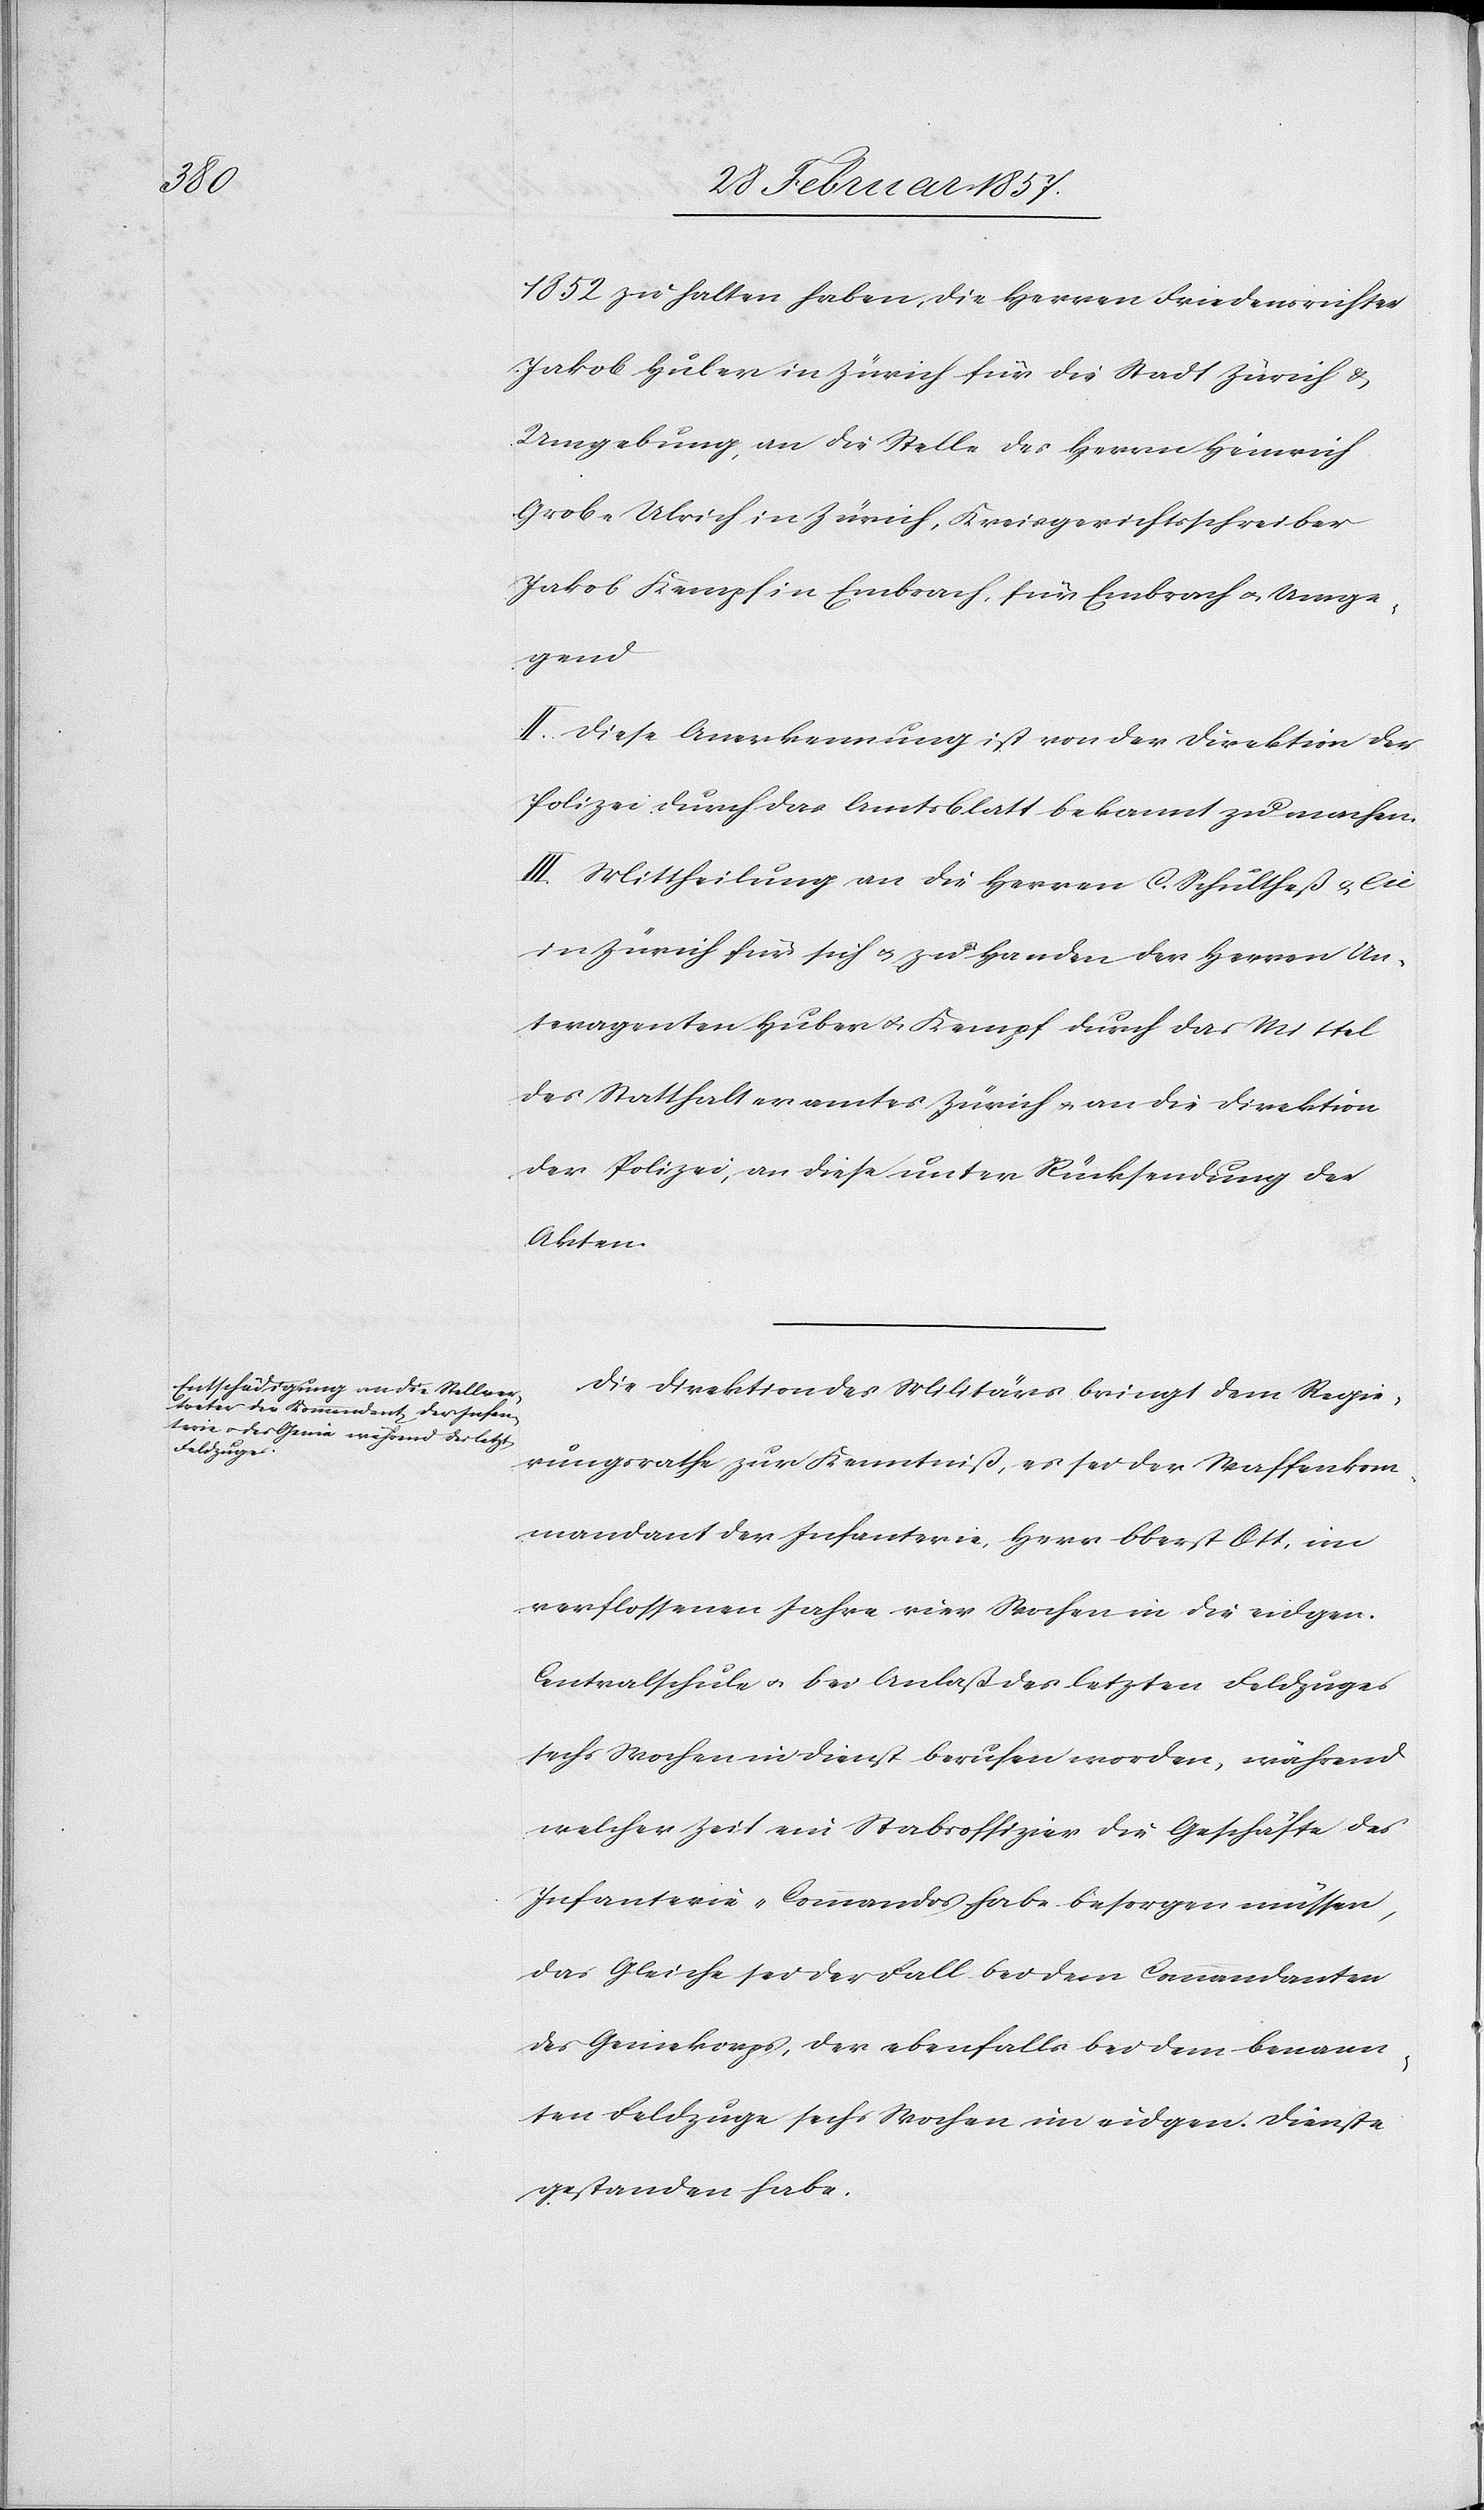
1852 zu halten haben, die Herren Friedensrichter
Jakob Huber in Zürich für die Stadt Zürich u.
Umgebung, an die Stelle des Herrn Heinrich
Grob-Ulrich in Zürich, Kreisgerichtsschreiber
Jakob Kempf in Embrach, für Embrach u. Umge¬
gend
II. Diese Anerkennung ist von der Direktion der
Polizei durch das Amtsblatt bekannt zu machen.
III. Mittheilung an die Herren C. Schultheß u. Cie
in Zürich für sich u. zu Handen der Herren U¬
teragenten Huber u. Kempf durch das Mittel
des Statthalteramtes Zürich u. an die Direktion
der Polizei, an diese unter Rücksendung der
Akten.
Die Direktion des Militärs bringt dem Regie¬
rungsrathe zur Kenntniß, es sei der Waffenkom¬
mandant der Infanterie, Herr Oberst Ott, im
verflossenen Jahre vier Wochen in die eidgen.
Centralschule u. bei Anlaß des letzten Feldzuges
sechs Wochen in Dienst berufen worden, während
welcher Zeit ein Stabsoffizier die Geschäfte des
Infanterie-Commandos habe besorgen müssen,
das Gleiche sei der Fall bei dem Commandanten
des Geniekorps, der ebenfalls bei dem benann¬
ten Feldzuge sechs Wochen im eidgen. Dienste
gestanden habe.